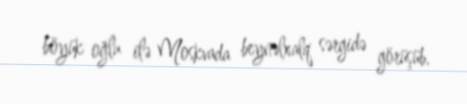
böyük oğlu ilə Moskvada beynəlxalq sərgidə görüşüb.